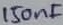
Text: 150nF